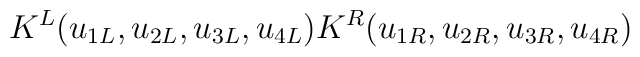
K^L(u_{1L},u_{2L},u_{3L},u_{4L}) K^R(u_{1R},u_{2R},u_{3R},u_{4R})